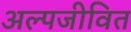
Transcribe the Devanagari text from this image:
अल्पजीवित